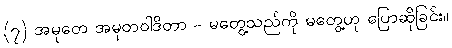
(၇) အမုတေ အမုတဝါဒိတာ - မတွေ့သည်ကို မတွေ့ဟု ပြောဆိုခြင်း။